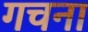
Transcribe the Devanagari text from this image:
गचना